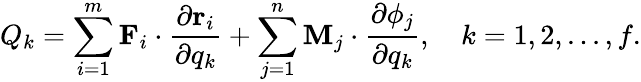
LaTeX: Q_{k}=\sum_{i=1}^{m}\mathbf{F}_{i}\cdot{\frac{\partial\mathbf{r}_{i}}{\partial q_{k}}}+\sum_{j=1}^{n}\mathbf{M}_{j}\cdot{\frac{\partial\mathbf{\phi}_{j}}{\partial q_{k}}},\quad k=1,2,...,f.